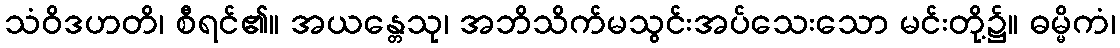
သံဝိဒဟတိ၊ စီရင်၏။ အယန္တေသု၊ အဘိသိက်မသွင်းအပ်သေးသော မင်းတို့၌။ ဓမ္မိကံ၊